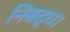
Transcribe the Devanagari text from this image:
निबद्ध।